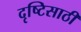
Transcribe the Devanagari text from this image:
दृष्टिसाठी